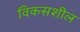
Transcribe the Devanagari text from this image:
विकसशील